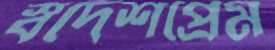
স্বদেশপ্রেম